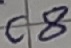
Text: C8